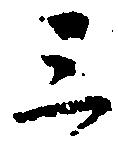
三